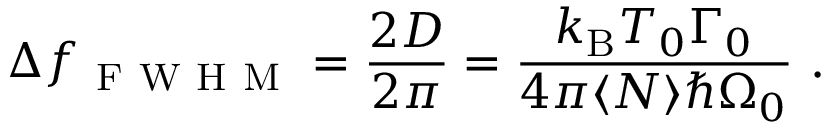
\Delta f _ { \mathrm { ~ F ~ W ~ H ~ M ~ } } = \frac { 2 D } { 2 \pi } = \frac { k _ { \mathrm { B } } T _ { 0 } \Gamma _ { 0 } } { 4 \pi \langle N \rangle \hbar \Omega _ { 0 } } \mathrm { ~ . ~ }